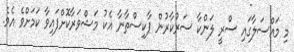
މި މައްސަލާގައި ސްރީ ލަންކާ ސަރުކާރުން ޕާކިސްތާނާ އެކު މަޝްވަރާކޮށްފައިވާ ކަމަށްވެ އެވެ.